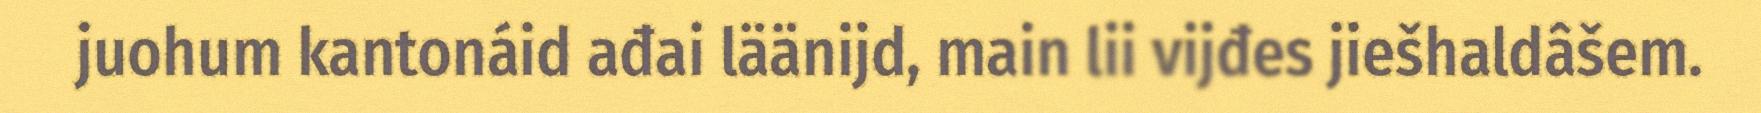
juohum kantonáid ađai läänijd, main lii vijđes jiešhaldâšem.